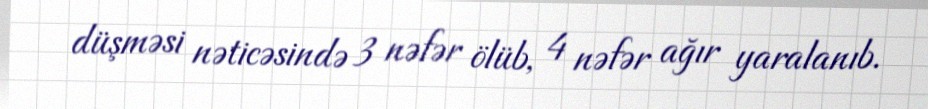
düşməsi nəticəsində 3 nəfər ölüb, 4 nəfər ağır yaralanıb.